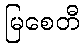
မြစေတီ